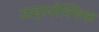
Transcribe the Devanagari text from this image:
डाइस्लेक्सिक